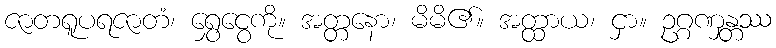
ဇာတရူပရဇာတံ၊ ရွှေငွေကို။ အတ္တနော၊ မိမိ၏။ အတ္ထာယ၊ ငှာ။ ဥဂ္ဂဏှန္တဿ